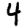
Digit: 4